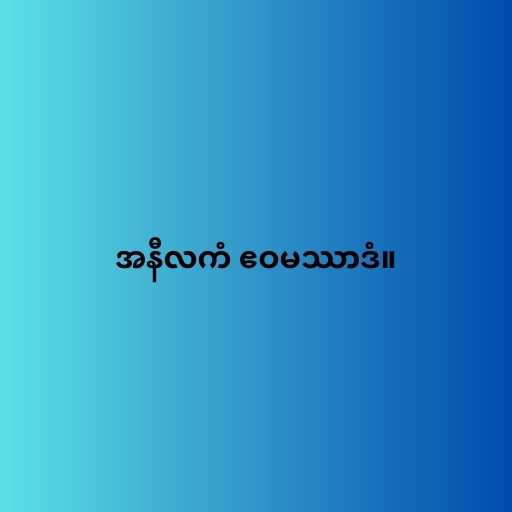
အနီလကံ ဧဝမဿာဒံ။